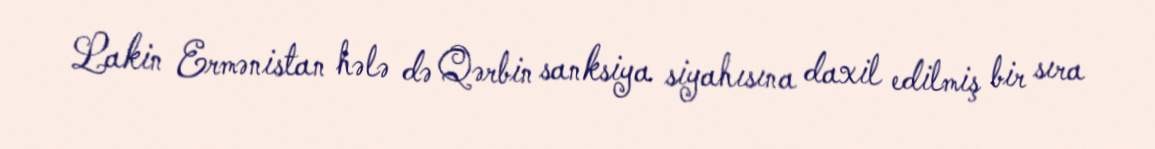
Lakin Ermənistan hələ də Qərbin sanksiya siyahısına daxil edilmiş bir sıra